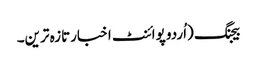
بیجنگ (اُردو پوائنٹ اخبارتازہ ترین۔